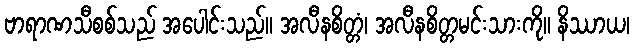
ဗာရာဏသီစစ်သည် အပေါင်းသည်။ အလီနစိတ္တံ၊ အလီနစိတ္တမင်းသားကို။ နိဿာယ၊